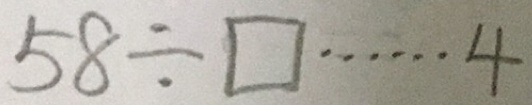
5 8 \div \square \cdots 4